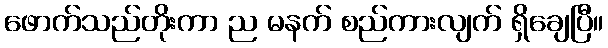
ဖောက်သည်တိုးကာ ည မနက် စည်ကားလျက် ရှိချေပြီ။